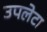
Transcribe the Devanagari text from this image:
उपलेटा